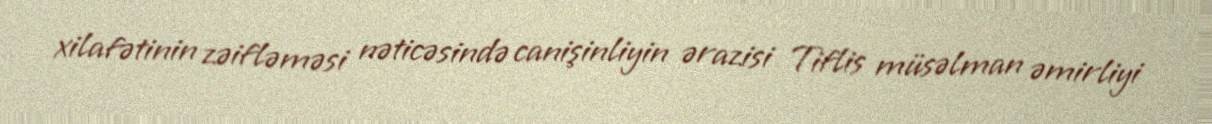
xilafətinin zəifləməsi nəticəsində canişinliyin ərazisi Tiflis müsəlman əmirliyi